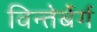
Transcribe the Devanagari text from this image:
विन्तेर्बेर्ग